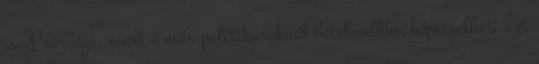
is. Erőssége, mert ő más politikusoknál hitelesebben képviselheti azt